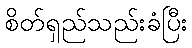
စိတ်ရှည်သည်းခံပြီး